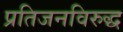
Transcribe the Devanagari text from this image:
प्रतिजनविरुद्ध